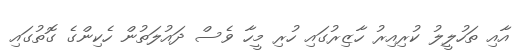
އާއި ތަހުލީލު ކުރިއިރު ހާޒިރުގައި ހުރި މީހާ ވެސް ދައުލަތުން ހެކިންގެ ގޮތުގައި